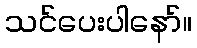
သင်ပေးပါနော်။